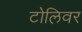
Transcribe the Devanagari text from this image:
टोलिवर